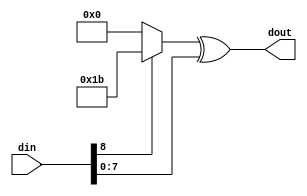

module AESMod(input [8:0] din,output [7:0] dout);
	reg [7:0] ext;
	reg [7:0] byte;
	always @(din) begin
		byte <= din[7:0];
		ext <= (din[8]) ? 7'h1b : 7'h0;
	end
	assign dout = ext ^ byte;
endmodule

// there're 4 kind of columns, 1-4

module AESMixColumn(input clk, input en, input [31:0] din, output [31:0] dout);
	AESMixColumn1 mix1(.clk(clk), .en(en), .din(din), .dout(dout[31:24]));
	AESMixColumn2 mix2(.clk(clk), .en(en), .din(din), .dout(dout[23:16]));
	AESMixColumn3 mix3(.clk(clk), .en(en), .din(din), .dout(dout[15: 8]));
	AESMixColumn4 mix4(.clk(clk), .en(en), .din(din), .dout(dout[ 7: 0]));
endmodule

// its combination logic
module AESMixColumn1(input clk, input en, input [31:0] din, output [7:0] dout);
	wire [8:0] tmp_in1, tmp_in2;
	wire [7:0] tmp_out1, tmp_out2;

	reg [7:0] b1, b2, b3, b4;
	always @(posedge clk) begin
	if (en) begin
		b4 <= din[ 7: 0];
		b3 <= din[15: 8];
		b2 <= din[23:16];
		b1 <= din[31:24];
	end
	end

	assign tmp_in1 = {b1, 1'b0};
	assign tmp_in2 = {b2, 1'b0};
	AESMod mod1(.din(tmp_in1), .dout(tmp_out1));
	AESMod mod2(.din(tmp_in2), .dout(tmp_out2));
	assign dout = tmp_out1 ^ tmp_out2 ^ b2 ^ b3 ^ b4;
endmodule

module AESMixColumn2(input clk, input en, input [31:0] din, output [7:0] dout);
	reg [7:0] b1, b2, b3, b4;
	always @(posedge clk) begin
	if (en) begin
		b4 <= din[ 7: 0];
		b3 <= din[15: 8];
		b2 <= din[23:16];
		b1 <= din[31:24];
	end
	end

	wire [8:0] tmp_in1, tmp_in2;
	wire [7:0] tmp_out1, tmp_out2;
	
	assign tmp_in1 = {b2, 1'b0};
	assign tmp_in2 = {b3, 1'b0};
	AESMod mod1(.din(tmp_in1), .dout(tmp_out1));
	AESMod mod2(.din(tmp_in2), .dout(tmp_out2));
	assign dout = tmp_out1 ^ tmp_out2 ^ b3 ^ b1 ^ b4;
endmodule

module AESMixColumn3(input clk, input en, input [31:0] din, output [7:0] dout);
	reg [7:0] b1, b2, b3, b4;
	always @(posedge clk) begin
	if (en) begin
		b4 <= din[ 7: 0];
		b3 <= din[15: 8];
		b2 <= din[23:16];
		b1 <= din[31:24];
	end
	end

	wire [8:0] tmp_in1, tmp_in2;
	wire [7:0] tmp_out1, tmp_out2;
	
	assign tmp_in1 = {b3, 1'b0};
	assign tmp_in2 = {b4, 1'b0};
	AESMod mod1(.din(tmp_in1), .dout(tmp_out1));
	AESMod mod2(.din(tmp_in2), .dout(tmp_out2));
	assign dout = tmp_out1 ^ tmp_out2 ^ b4 ^ b1 ^ b2;
endmodule

module AESMixColumn4(input clk, input en, input [31:0] din, output [7:0] dout);
	reg [7:0] b1, b2, b3, b4;
	always @(posedge clk) begin
	if (en) begin
		b4 <= din[ 7: 0];
		b3 <= din[15: 8];
		b2 <= din[23:16];
		b1 <= din[31:24];
	end
	end

	wire [8:0] tmp_in1, tmp_in2;
	wire [7:0] tmp_out1, tmp_out2;
	
	assign tmp_in1 = {b4, 1'b0};
	assign tmp_in2 = {b1, 1'b0};
	AESMod mod1(.din(tmp_in1), .dout(tmp_out1));
	AESMod mod2(.din(tmp_in2), .dout(tmp_out2));
	assign dout = tmp_out1 ^ tmp_out2 ^ b1 ^ b2 ^ b3;
endmodule